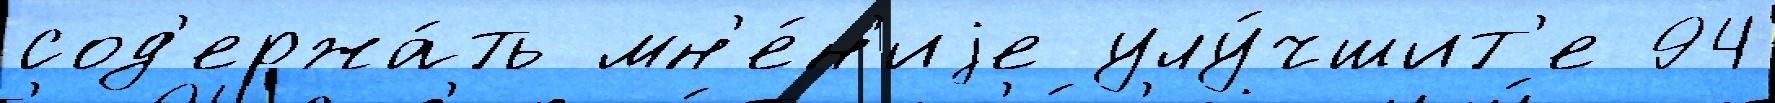
сод'ержа́ть мн'е́н'иjе улу́чшит'е 94